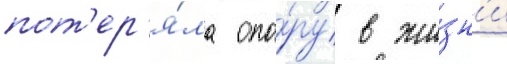
пот'ер'я́ла опо́ру в жи́зн'и